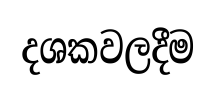
දශකවලදීම